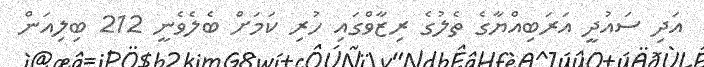
އަދި ސައުދީ އަރަބިއްޔާގެ ތެލުގެ ރިޒާވްގައި ހުރި ކަމަށް ބެލެވެނީ 212 ބިލިއަން